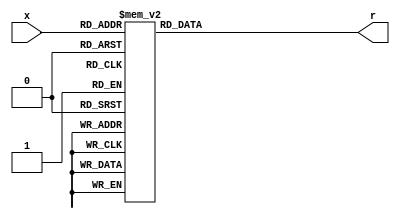
`timescale 1ns / 1ps


module hexto7segment(
    input [3:0] x,
    output reg [6:0] r
    );
    always @(*)
        case (x)
            4'b0000: r = 7'b1000000;
            4'b0001: r = 7'b1111001;
            4'b0010: r = 7'b0100100;
            4'b0011: r = 7'b0110000;
            4'b0100: r = 7'b0011001;
            4'b0101: r = 7'b0010010;
            4'b0110: r = 7'b0000010;
            4'b0111: r = 7'b1111000;
            4'b1000: r = 7'b0000000;
            4'b1001: r = 7'b0010000;
            4'b1010: r = 7'b0001000;
            4'b1011: r = 7'b0000011;
            4'b1100: r = 7'b1000110;
            4'b1101: r = 7'b0100001;
            4'b1110: r = 7'b0000110;
            4'b1111: r = 7'b0001110;
        endcase
endmodule